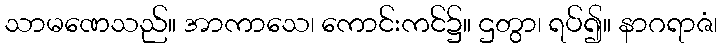
သာမဏေသည်။ အာကာသေ၊ ကောင်းကင်၌။ ဌတွာ၊ ရပ်၍။ နာဂရာဇံ၊